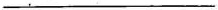
___